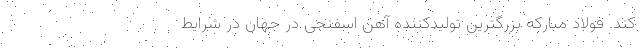
کند. فولاد مبارکه بزرگترین تولیدکننده آهن اسفنجی در جهان در شرایط